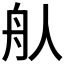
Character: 𦨈